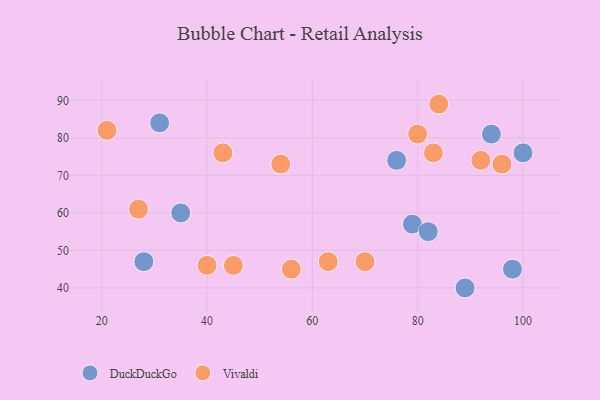
{"axis": {"x": "GDP", "y": "Life Expectancy"}, "legend": ["DuckDuckGo", "Vivaldi"], "data": [{"x": "79", "y": 57, "type": "DuckDuckGo"}, {"x": "35", "y": 60, "type": "DuckDuckGo"}, {"x": "28", "y": 47, "type": "DuckDuckGo"}, {"x": "94", "y": 81, "type": "DuckDuckGo"}, {"x": "98", "y": 45, "type": "DuckDuckGo"}, {"x": "89", "y": 40, "type": "DuckDuckGo"}, {"x": "76", "y": 74, "type": "DuckDuckGo"}, {"x": "82", "y": 55, "type": "DuckDuckGo"}, {"x": "31", "y": 84, "type": "DuckDuckGo"}, {"x": "100", "y": 76, "type": "DuckDuckGo"}, {"x": "92", "y": 74, "type": "Vivaldi"}, {"x": "80", "y": 81, "type": "Vivaldi"}, {"x": "27", "y": 61, "type": "Vivaldi"}, {"x": "84", "y": 89, "type": "Vivaldi"}, {"x": "21", "y": 82, "type": "Vivaldi"}, {"x": "83", "y": 76, "type": "Vivaldi"}, {"x": "40", "y": 46, "type": "Vivaldi"}, {"x": "54", "y": 73, "type": "Vivaldi"}, {"x": "45", "y": 46, "type": "Vivaldi"}, {"x": "63", "y": 47, "type": "Vivaldi"}, {"x": "70", "y": 47, "type": "Vivaldi"}, {"x": "43", "y": 76, "type": "Vivaldi"}, {"x": "56", "y": 45, "type": "Vivaldi"}, {"x": "96", "y": 73, "type": "Vivaldi"}]}